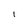
Character: l